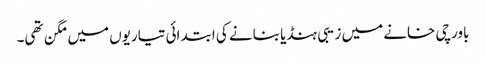
باورچی خانے میں زیبی ہنڈیا بنانے کی ابتدائی تیاریوں میں مگن تھی۔